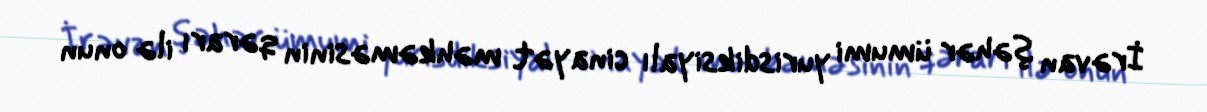
İrəvan şəhər ümumi yurisdiksiyalı cinayət məhkəməsinin qərarı ilə onun